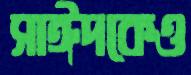
সাঈদকেও